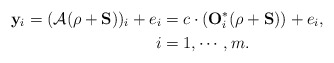
\begin{align*}\mathbf{y}_i= (\mathcal{A}(\rho+ \mathbf{S}))_i + e_i&= c \cdot (\mathbf{O}_i^* (\rho+ \mathbf{S})) +e_i, \ \\ \ i&=1, \cdots, m.\end{align*}